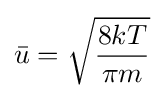
{\bar {u}}={\sqrt {\frac {8kT}{\pi m}}}